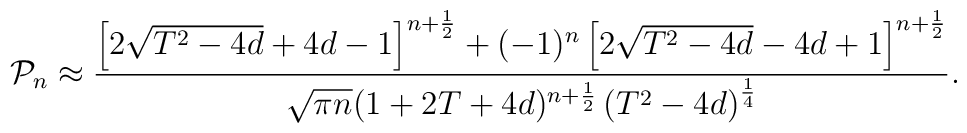
{\cal P}_n\approx\frac {\left[2\sqrt {T^2-4d}+4d-1\right]^{n+\frac 12}+(-1)^n\left[2\sqrt {T^2-4d}-4d+1\right]^{n+\frac12}}{\sqrt {\pi n}(1+2T+4d)^{n+\frac 12}\left(T^2-4d\right)^{\frac14}}.